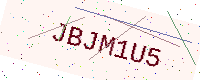
Text: JBJM1U5